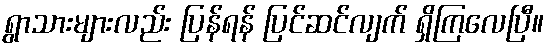
ရွာသားများလည်း ပြန်ရန် ပြင်ဆင်လျက် ရှိကြလေပြီ။